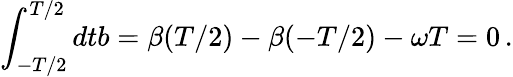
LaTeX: \int_{-T/2}^{T/2}dtb=\beta(T/2)-\beta(-T/2)-\omega T=0\, .